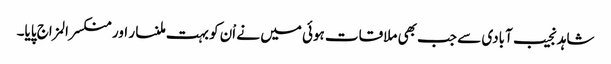
شاہد نجیب آبادی سے جب بھی ملاقات ہوئی میں نے اْن کو بہت ملنسار اور منکسرالمزاج پایا۔